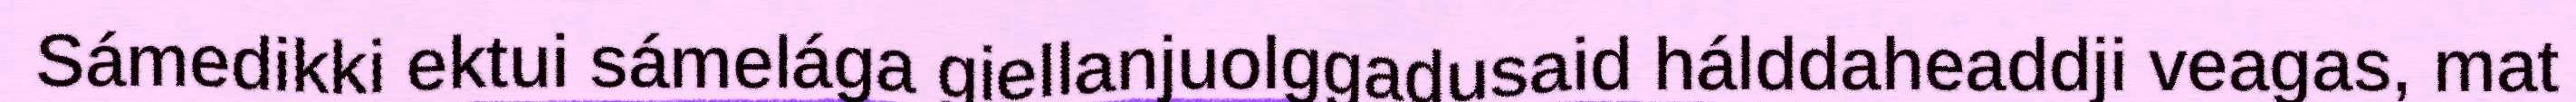
Sámedikki ektui sámelága giellanjuolggadusaid hálddaheaddji veagas, mat